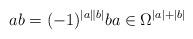
LaTeX: \begin{align*}ab=(-1)^{\vert a\parallel b\vert} ba \in \Omega^{\vert a\vert+\vert b\vert}\end{align*}